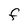
Character: F